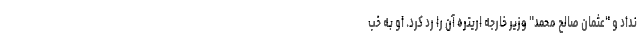
نداد و "عثمان صالح محمد" وزیر خارجه اریتره آن را رد کرد. او به خب